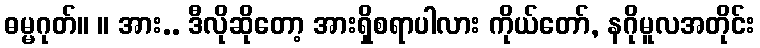
ဓမ္မဂုတ်။ ။ အား.. ဒီလိုဆိုတော့ အားရှိစရာပါလား ကိုယ်တော်, နဂိုမူလအတိုင်း